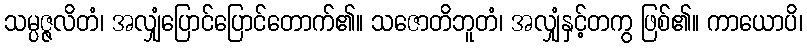
သမ္ပဇ္ဇလိတံ၊ အလျှံပြောင်ပြောင်တောက်၏။ သဇောတိဘူတံ၊ အလျှံနှင့်တကွ ဖြစ်၏။ ကာယောပိ၊